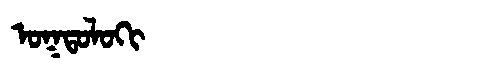
Manchu: ᠣᡴᡨᠣᠯᠣᡴᡳ
Romanization: OKTOLOKI